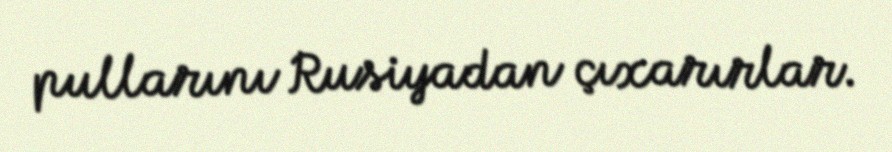
pullarını Rusiyadan çıxarırlar.